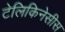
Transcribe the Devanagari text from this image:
टेलिकिनेसीस